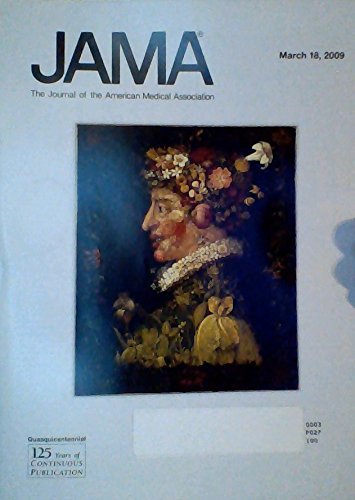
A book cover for ACAT Inhibition and Progression of Carotid Atherosclerosis in Patients With Familial Hypercholesterolemia: The CAPTIVATE Randomized Trial / Religious Coping and Use of Intensive Life-Prolonging Care Near Death in Patients With Advanced Cancer (JAMA: The Journal of the American Mediacl Association, Volume 301, Number 11, March 18, 2009); M. C. Meuwese; Health, Fitness & Dieting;